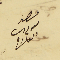
عصو ىعوم دىب العارح